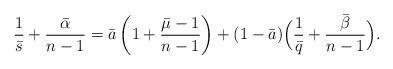
LaTeX: \begin{align*} \frac{1}{\bar{s}}+\frac{\bar{\alpha}}{n-1}=\bar{a}\left(1+\frac{\bar{\mu}-1}{n-1}\right)+(1-\bar{a})\Big(\frac{1}{\bar{q}}+\frac{\bar{\beta}}{n-1}\Big). \end{align*}